Indian journal of veterinary science and animal husbandry - Volumes 18-21, 1948-1951
Year: 1948
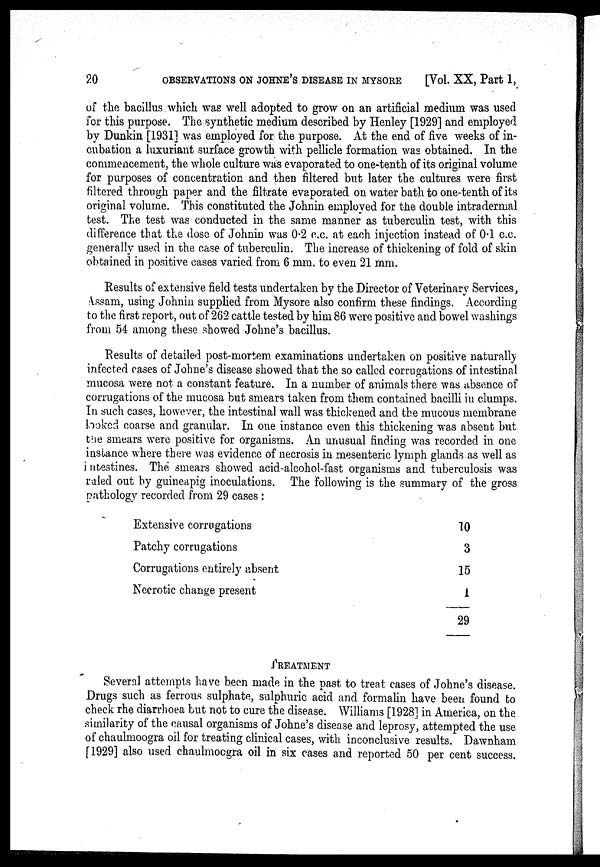
20
OBSERVATIONS ON JOHNE'S DISEASE IN MYSORE
[Vol. XX, Part 1,
of the bacillus which was well adopted to grow on an artificial medium was used
for this purpose. The synthetic medium described by Henley [1929] and employed
by Dunkin [1931] was employed for the purpose. At the end of five weeks of in-
cubation a luxuriant surface growth with pellicle formation was obtained. In the
commencement, the whole culture was evaporated to one-tenth of its original volume
for purposes of concentration and then filtered but later the cultures were first
filtered through paper and the filtrate evaporated on water bath to one-tenth of its
original volume. This constituted the Johnin employed for the double intradermal
test. The test was conducted in the same manner as tuberculin test, with this
difference that the dose of Johnin was 0.2 c.c. at each injection instead of 0.1 c.c.
generally used in the case of tuberculin. The increase of thickening of fold of skin
obtained in positive cases varied from 6 mm. to even 21 mm.
Results of extensive field tests undertaken by the Director of Veterinary Services,
Assam, using Johnin supplied from Mysore also confirm these findings. According
to the first report, out of 262 cattle tested by him 86 were positive and bowel washings
from 54 among these showed Johne's bacillus.
Results of detailed post-mortem examinations undertaken on positive naturally
infected cases of Johne's disease showed that the so called corrugations of intestinal
mucosa were not a constant feature. In a number of animals there was absence of
corrugations of the mucosa but smears taken from them contained bacilli in clumps.
In such cases, however, the intestinal wall was thickened and the mucous membrane
looked coarse and granular. In one instance even this thickening was absent but
the smears were positive for organisms. An unusual finding was recorded in one
instance where there was evidence of necrosis in mesenteric lymph glands as well as
intestines. The smears showed acid-alcohol-fast organisms and tuberculosis was
raled out by guineapig inoculations. The following is the summary of the gross
pathology recorded from 29 cases :
Extensive corrugations
Patchy corrugations
Corrugations entirely absent
Necrotic change present
10
3
15
1
29
TREATMENT
Several attempts have been made in the past to treat cases of Johne's disease.
Drugs such as ferrous sulphate, sulphuric acid and formalin have been found to
check the diarrhoea but not to cure the disease. Williams [1928] in America, on the
similarity of the causal organisms of Johne's disease and leprosy, attempted the use
of chaulmoogra oil for treating clinical cases, with inconclusive results. Dawnham
[1929] also used chaulmoogra oil in six cases and reported 50 per cent success.